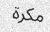
مكرة